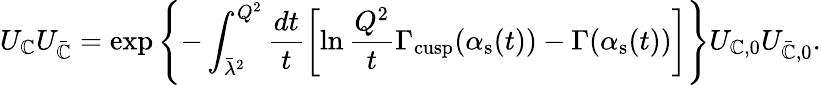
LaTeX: U_{\mathbb{C}}U_{\bar{{\mathbb{C}}}}=\exp\left\{ -\int_{\bar{{\lambda}}^{2}}^{Q^{2}}\frac{{dt}}{{t}}\left[\ln{\frac{{Q^{2}}}{{t}}}\Gamma_{\mathrm{{cusp}}}(\alpha_{\mathrm{{s}}}(t))-\Gamma(\alpha_{\mathrm{{s}}}(t))\right]\right\} U_{\mathbb{C},0}U_{\bar{{\mathbb{C}}},0}.